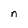
Character: n